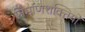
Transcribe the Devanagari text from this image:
निर्माणशक्तियों